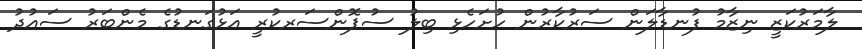
ލާމަރުކަޒީ ނިޒާމު ފުނޑާލަން ސަރުކާރުން ހުށަހެޅި ބިލު ސުޕޮންސަރކުރީ އަޅުގަނޑުގެ މެންބަރު ސައުދު